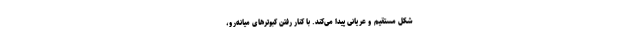
شکل مستقیم و عریانی پیدا می‌کند. با کنار رفتن کبوترهای میانه‌رو،